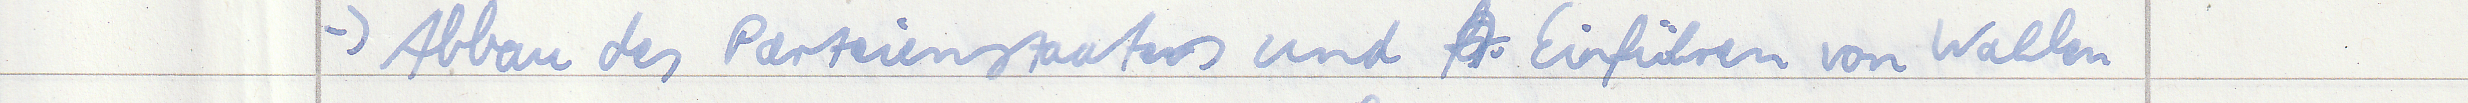
-> Abbau des Parteienstaates und Einführen von Wahlen